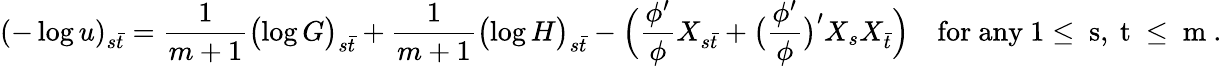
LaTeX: (-\log u)_{s\bar{t}}=\frac{1}{m+1}\bigl(\log G\bigr)_{s\bar{t}}+\frac{1}{m+1}\bigl(\log H\bigr)_{s\bar{t}}-\Bigl(\frac{\phi^{\prime}}{\phi}X_{s\bar{t}}+\bigl(\frac{\phi^{\prime}}{\phi}\bigr)^{\prime}X_{s}X_{\bar{t}}\Bigr)\quad\mathrm{for~any~1\leq~s,~t~\leq~m~}.